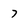
Character: 7